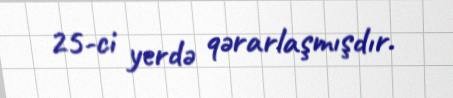
25-ci yerdə qərarlaşmışdır.